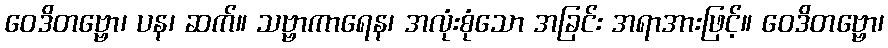
ဝေဒိတဗ္ဗော၊ ပန၊ ဆက်။ သဗ္ဗာကာရေန၊ အလုံးစုံသော အခြင်း အရာအားဖြင့်။ ဝေဒိတဗ္ဗော၊